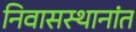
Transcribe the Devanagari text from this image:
निवासस्थानांत